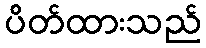
ပိတ်ထားသည်